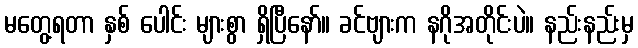
မတွေ့ရတာ နှစ် ပေါင်း များစွာ ရှိပြီနော်။ ခင်ဗျားက နဂိုအတိုင်းပဲ။ နည်းနည်းမှ